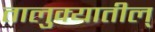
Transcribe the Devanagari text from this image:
तालुक्यातील्